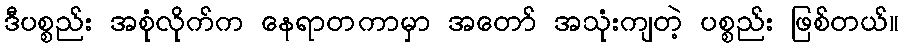
ဒီပစ္စည်း အစုံလိုက်က နေရာတကာမှာ အတော် အသုံးကျတဲ့ ပစ္စည်း ဖြစ်တယ်။